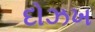
દોઝખ